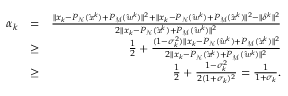
\begin{array} { r l r } { \alpha _ { k } } & { = } & { \frac { \| x _ { k } - P _ { \mathrm { \mathcal { N } } } ( \mathit { \hat { x } } ^ { k } ) + P _ { \mathrm { \mathcal { M } } } ( \mathit { \hat { w } } ^ { k } ) \| ^ { 2 } + \| x _ { k } - P _ { \mathrm { \mathcal { N } } } ( \mathit { \hat { w } } ^ { k } ) + P _ { \mathrm { \mathcal { M } } } ( \mathit { \hat { x } } ^ { k } ) \| ^ { 2 } - \| \delta ^ { k } \| ^ { 2 } } { 2 \| x _ { k } - P _ { \mathrm { \mathcal { N } } } ( \mathit { \hat { x } } ^ { k } ) + P _ { \mathrm { \mathcal { M } } } ( \mathit { \hat { w } } ^ { k } ) \| ^ { 2 } } } \\ & { \geq } & { \frac { 1 } { 2 } + \frac { ( 1 - \sigma _ { k } ^ { 2 } ) \| x _ { k } - P _ { \mathrm { \mathcal { N } } } ( \mathit { \hat { w } } ^ { k } ) + P _ { \mathrm { \mathcal { M } } } ( \mathit { \hat { x } } ^ { k } ) \| ^ { 2 } } { 2 \| x _ { k } - P _ { \mathrm { \mathcal { N } } } ( \mathit { \hat { x } } ^ { k } ) + P _ { \mathrm { \mathcal { M } } } ( \mathit { \hat { w } } ^ { k } ) \| ^ { 2 } } } \\ & { \geq } & { \frac { 1 } { 2 } + \frac { 1 - \sigma _ { k } ^ { 2 } } { 2 ( 1 + \sigma _ { k } ) ^ { 2 } } = \frac { 1 } { 1 + \sigma _ { k } } . } \end{array}